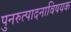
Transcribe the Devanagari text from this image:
पुनरुत्पादनाविषयक